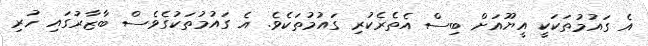
އެ ގައުމުތަކަކީ އީޔޫއަށް ބިސް އެތެރެކުރި ގައުމުތަކެވެ. އެ ގައުމުތަކުގެވެސް ބާޒާރުގައި ހުރި